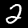
Digit: 2